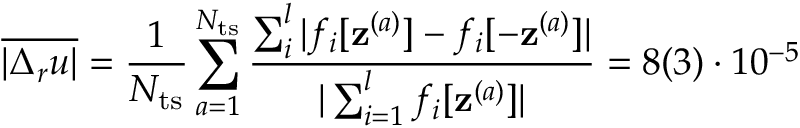
\overline { { | \Delta _ { r } u | } } = \frac { 1 } { N _ { \mathrm { t s } } } \sum _ { a = 1 } ^ { N _ { \mathrm { t s } } } \frac { \sum _ { i } ^ { l } | { f } _ { i } [ \mathbf { z } ^ { ( a ) } ] - { f } _ { i } [ - \mathbf { z } ^ { ( a ) } ] | } { | \sum _ { i = 1 } ^ { l } { f } _ { i } [ \mathbf { z } ^ { ( a ) } ] | } = 8 ( 3 ) \cdot 1 0 ^ { - 5 }